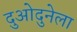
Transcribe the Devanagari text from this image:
दुओदुनेला